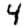
Digit: 4